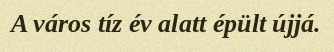
A város tíz év alatt épült újjá.